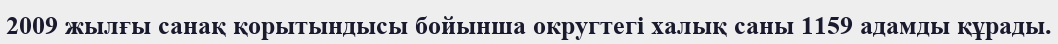
2009 жылғы санақ қорытындысы бойынша округтегі халық саны 1159 адамды құрады.